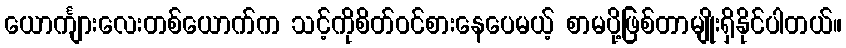
ယောင်္ကျားလေးတစ်ယောက်က သင့်ကိုစိတ်ဝင်စားနေပေမယ့် စာမပို့ဖြစ်တာမျိုးရှိနိုင်ပါတယ်။